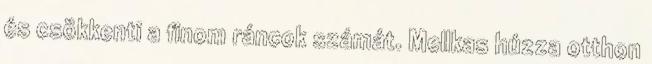
és csökkenti a finom ráncok számát. Mellkas húzza otthon